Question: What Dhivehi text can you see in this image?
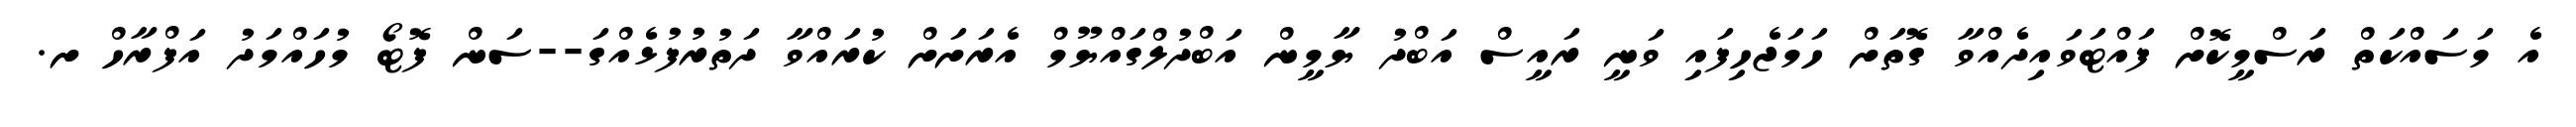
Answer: އެ މަސައްކަތް ރަސްމީކޮށް ފައްޓަވައިދެއްވާ ގޮތަށް ހަމަޖެހިފައި ވަނީ ރައީސް އަބްދު ޔާމީން އަބްދުލްގައްޔޫމް އެރަށަށް ކުރައްވާ ދަތުރުފުޅެއްގަ--ސަން ފޮޓޯ މުހައްމަދު އަފްރާހް ށ.